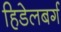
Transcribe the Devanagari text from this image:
हिडेलबर्ग